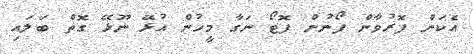
އެކަން ފޮރުވާން ފޯނުން ފޮޓޯ ނަގާ މީހުން އުޅޭ ނޫޅޭ ގޮތް ބަލައި